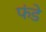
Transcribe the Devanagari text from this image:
फंडे